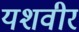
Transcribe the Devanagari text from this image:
यशवीर